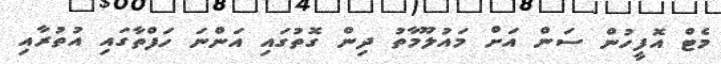
މެޓް އޮފީހުން ސަން އަށް މައުލޫމާތު ދިން ގޮތުގައި އަންނަ ހަފްތާގައި އުތުރާއި